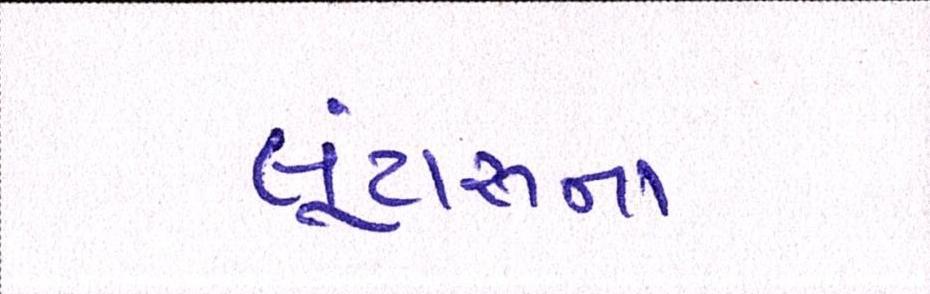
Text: લૂંટારુના